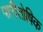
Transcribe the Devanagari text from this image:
पारीतोषिक